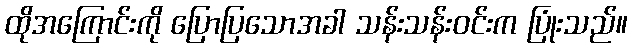
ထိုအကြောင်းကို ပြောပြသောအခါ သန်းသန်းဝင်းက ပြုံးသည်။